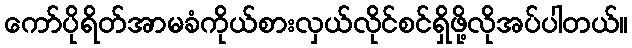
ကော်ပိုရိတ်အာမခံကိုယ်စားလှယ်လိုင်စင်ရှိဖို့လိုအပ်ပါတယ်။